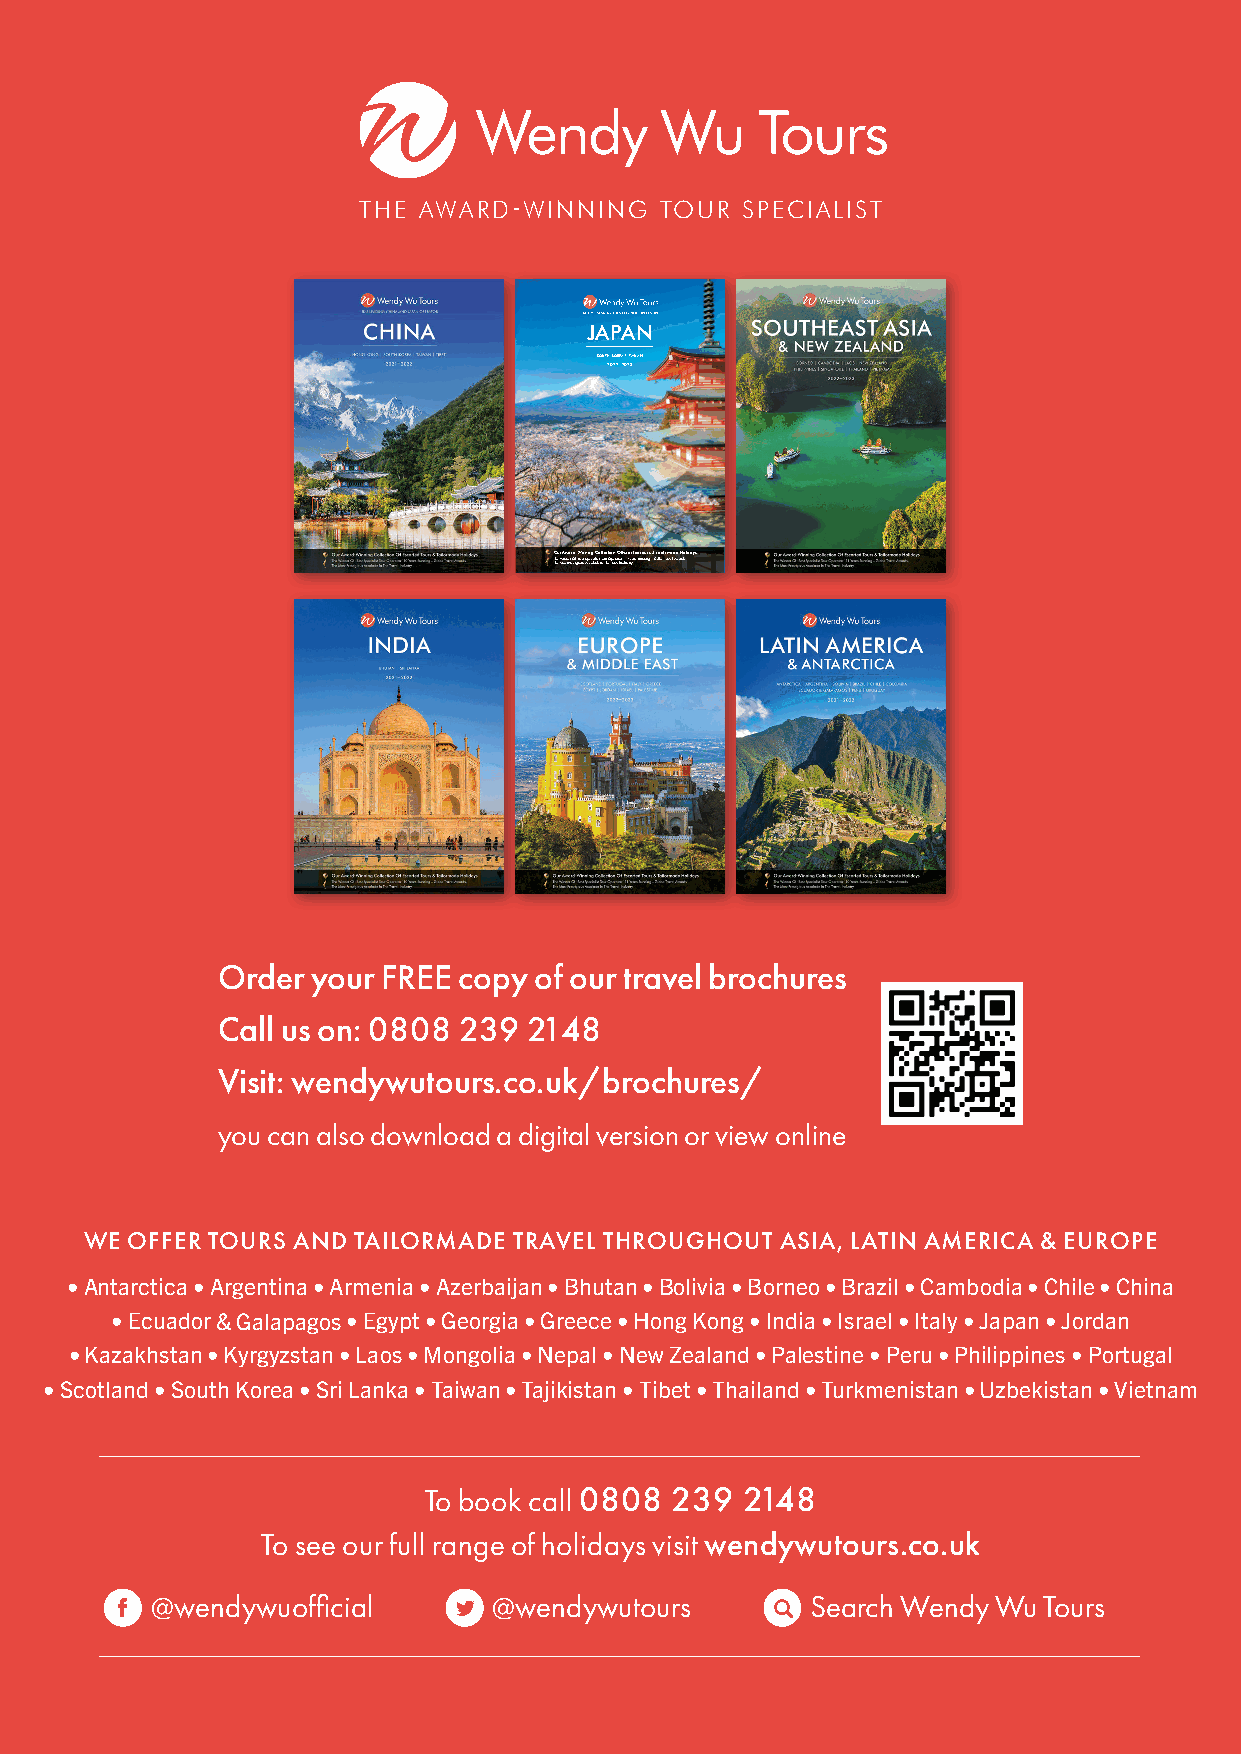
THE AWARD-WINNING   TOUR SPECIALIST
 UK’S #1 JAPAN & CHINA SPECIALIST OPERATOR
 JAPAN
 SOUTH KOREA | TAIWAN
 2022–2023
 Our Award-Winning Collection Of Escorted Tours & Tailormade Holidays
 TThhee WMoinsnt ePrr eOstfi g‘Bioeusst SApcecocilaaldiset TIno uTrh Oe Tprearvaetlo Irn’ d1u1s tYreyars Running – Globe Travel Awards
 JJaappaann BBooookk..iinnddbb 11 0022//1111//22002211 1144::5511
 Order  your FREE copy of our travel brochures
 Call us on: 0808 239 2148
 Visit: wendywutours.co.uk/brochures/
 you can also download a digital version or view online
 WE OFFER TOURS AND TAILORMADE TRAVEL THROUGHOUT ASIA, LATIN AMERICA & EUROPE
 • Antarctica • Argentina • Armenia • Azerbaijan • Bhutan • Bolivia • Borneo • Brazil • Cambodia • Chile • China
 • Ecuador & Galapagos • Egypt • Georgia • Greece • Hong Kong • India • Israel • Italy • Japan • Jordan
 • Kazakhstan • Kyrgyzstan • Laos • Mongolia • Nepal • New Zealand • Palestine • Peru • Philippines • Portugal
 • Scotland • South Korea • Sri Lanka • Taiwan • Tajikistan • Tibet • Thailand • Turkmenistan • Uzbekistan • Vietnam
 To book call 0808 239 2148
 To see our full range of holidays visit wendywutours.co.uk
 @wendywuofficial       @wendywutours        Search Wendy Wu Tours